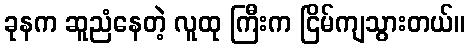
ခုနက ဆူညံနေတဲ့ လူထု ကြီးက ငြိမ်ကျသွားတယ်။